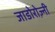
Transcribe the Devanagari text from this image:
जाडोरोज़्नी